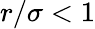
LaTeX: r/\sigma<1